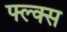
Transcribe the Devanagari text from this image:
फ्ल्क्स